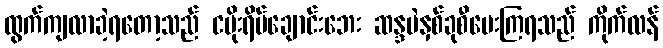
ထွက်ကျလာခဲ့ရတော့သည် ငမိုးရိပ်ချောင်းဘေး ဆန္ဒမဲနှစ်ခုစီပေးကြရသည် ကိုက်လန်